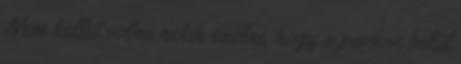
Nem kellet volna nekik szólni, hogy a parkon belül